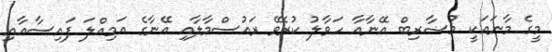
މީގެ މާނައަކީ މުޟާރިބް އޭނާއާ ހަވާލު ކުރެވޭ ރައުސްމާލާއި އޭނާގެ އަމިއްލަ ފައިސާއާއި